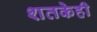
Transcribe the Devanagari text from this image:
शतकेही